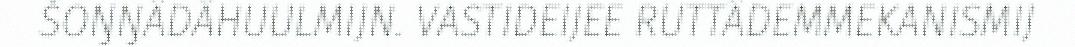
ŠOŊŊÂDÂHUULMIJN. VÄSTIDEIJEE RUTTÂDEMMEKANISMIJ